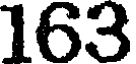
163